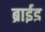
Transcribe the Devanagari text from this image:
ब्राईड